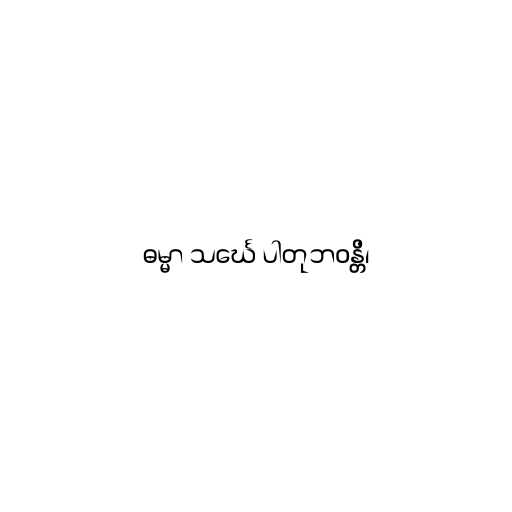
ဓမ္မာ သင်္ဃေ ပါတုဘဝန္တိ၊